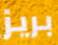
بريز